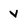
Character: v